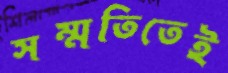
সম্মতিতেই